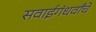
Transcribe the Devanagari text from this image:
सवाईगंधर्वांचे